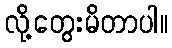
လို့တွေးမိတာပါ။